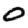
Digit: 0